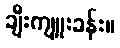
ချီးကျူးခန်း။